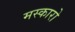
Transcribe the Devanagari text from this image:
मस्कारो